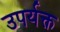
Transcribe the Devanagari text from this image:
उपर्यक्त